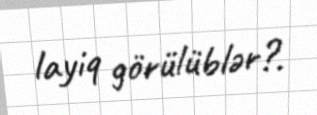
layiq görülüblər?.